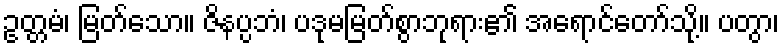
ဥတ္တမံ၊ မြတ်သော။ ဇိနပ္ပဘံ၊ ပဒုမမြတ်စွာဘုရား၏ အရောင်တော်သို့။ ပတွာ၊